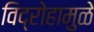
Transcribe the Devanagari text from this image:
विद्रोहामुळे